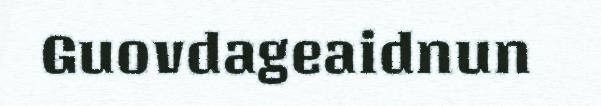
Guovdageaidnun